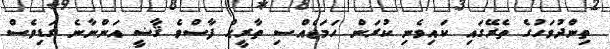
ތިންދުވަހުގެ ތެރޭގައި ކައިވެނި ކުރަން ހަމަޖެއްސި ތާރީޙް ފާސްވެ ޤާޟީ އަންނާނެ ގަޑިވެސް